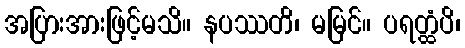
အပြားအားဖြင့်မသိ။ နပဿတိ၊ မမြင်။ ပရတ္ထံပိ၊